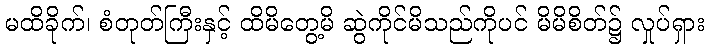
မထိခိုက်၊ စံတုတ်ကြီးနှင့် ထိမိတွေ့မိ ဆွဲကိုင်မိသည်ကိုပင် မိမိစိတ်၌ လှုပ်ရှား